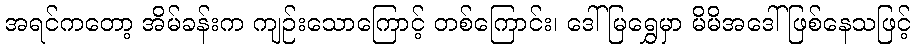
အရင်ကတော့ အိမ်ခန်းက ကျဉ်းသောကြောင့် တစ်ကြောင်း၊ ဒေါ်မြရွှေမှာ မိမိအဒေါ် ဖြစ်နေသဖြင့်